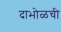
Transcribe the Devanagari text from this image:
दाभोळची